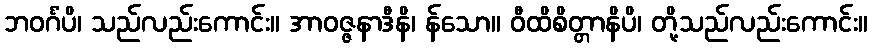
ဘဝင်္ဂံပိ၊ သည်လည်းကောင်း။ အာဝဇ္ဇနာဒီနိ၊ န်သော။ ဝီထိစိတ္တာနိပိ၊ တို့သည်လည်းကောင်း။